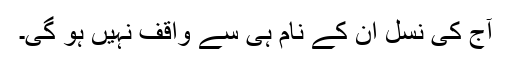
آج کی نسل ان کے نام ہی سے واقف نہیں ہو گی۔